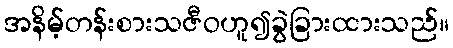
အနိမ့်တန်းစားသဇီဝဟူ၍ခွဲခြားထားသည်။